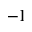
^ { - 1 }